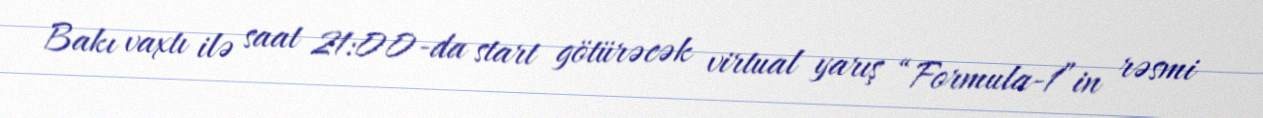
Bakı vaxtı ilə saat 21:00-da start götürəcək virtual yarış “Formula-1”in rəsmi